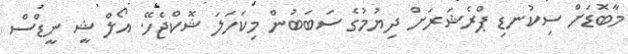
މާބޮޑަށް ސިކުނޑި ޕްރެޝަރަށް ދިޔުމުގެ ސަބަބުން މިކަހަލަ ޝޮކްޖެހޭ. އޯލް ޝީ ނީޑްސް